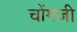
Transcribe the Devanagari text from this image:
चोंगजी